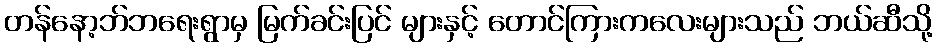
တန်နော့ဘ်ဘရေးရွာမှ မြက်ခင်းပြင် များနှင့် တောင်ကြားကလေးများသည် ဘယ်ဆီသို့